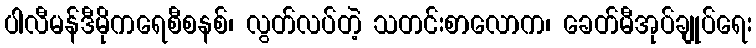
ပါလီမန်ဒီမိုကရေစီစနစ်၊ လွတ်လပ်တဲ့ သတင်းစာလောက၊ ခေတ်မီအုပ်ချုပ်ရေး